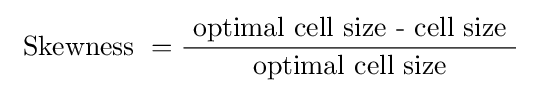
{\text{ Skewness }}={\frac {\text{ optimal cell size - cell size }}{\text{optimal cell size}}}